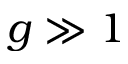
g \gg 1